Regulations for the medical services of the Army of India
Year: 1930
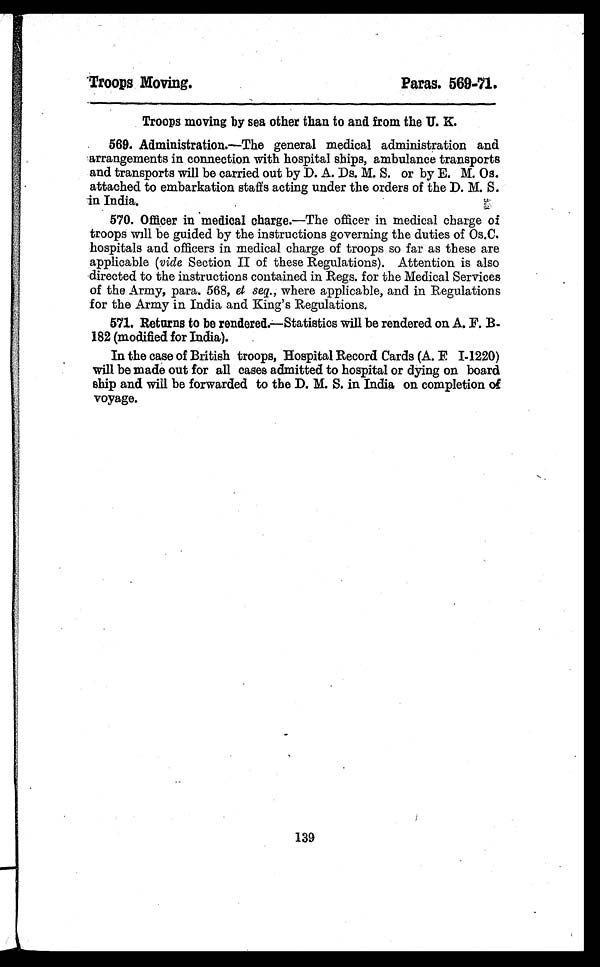
Troops Moving.
Paras. 569-71.
Troops moving by sea other than to and from the U. K.
569. Administration.—The general medical administration and
arrangements in connection with hospital ships, ambulance transports
and transports will be carried out by D. A. Ds. M. S. or by E. M. Os.
attached to embarkation staffs acting under the orders of the D. M. S.
in India.
570. Officer in medical charge.—The officer in medical charge of
troops will be guided by the instructions governing the duties of Os.C.
hospitals and officers in medical charge of troops so far as these are
applicable (vide Section II of these Regulations). Attention is also
directed to the instructions contained in Regs. for the Medical Services
of the Army, para. 568, et seq. , where applicable, and in Regulations
for the Army in India and King's Regulations.
571. Returns to be rendered.—Statistics will be rendered on A. F. B.-
182 (modified for India).
In the case of British troops, Hospital Record Cards (A. F. I-1220)
will be made out for all cases admitted to hospital or dying on board
ship and will be forwarded to the D. M. S. in India on completion of
voyage.
139